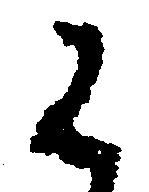
く